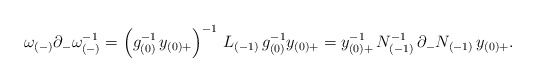
\begin{align*}\omega _{(-)}\partial _-\omega _{(-)}^{-1}=\left (g_{(0)}^{-1}\, y_{(0)+}\right )^{-1}\, L_{(-1)}\, g_{(0)}^{-1}y_{(0)+}=y_{(0)+}^{-1}\, N_{(-1)}^{-1}\, \partial _-N_{(-1)}\,y_{(0)+}.\end{align*}